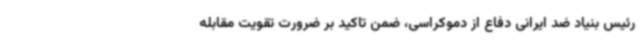
رئیس بنیاد ضد ایرانی دفاع از دموکراسی، ضمن تاکید بر ضرورت تقویت مقابله